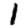
Digit: 1